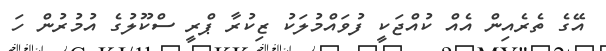
އޭގެ ތެރެއިން އެއް ކުއްޖަކީ ފުވައްމުލަކު ޒިކުރާ ޕްރީ ސްކޫލުގެ އުމުރުން ހަ